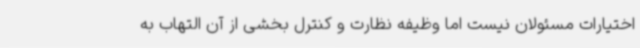
اختیارات مسئولان نیست اما وظیفه نظارت و کنترل بخشی از آن التهاب به